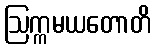
ဩက္ကမယတောတိ